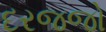
દરજજો